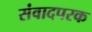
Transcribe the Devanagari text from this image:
संवादपरक